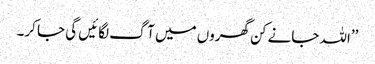
’’اللہ جانے کن گھروں میں آگ لگائیں گی جا کر۔